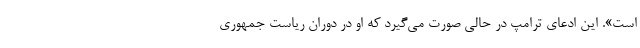
است». این ادعای ترامپ در حالی صورت می‌گیرد که او در دوران ریاست جمهوری